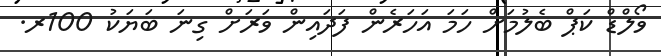
ވޯލްޑް ކަޕް ބެލުމަށް ހަމަ އަހަރެން ފަދައިން ވަރަށް ގިނަ ބަޔަކު 100ރ.